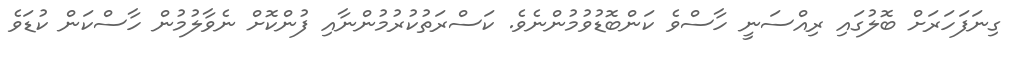
ގިނަފަހަރަށް ބޮލުގައި ރިއްސަނީ ހާސްވެ ކަންބޮޑުވުމުންނެވެ. ކަސްރަތުކުރުމުންނާއި ފުންކޮށް ނެވާލުމުން ހާސްކަން ކުޑަވެ